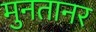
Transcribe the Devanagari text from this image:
मुनतानर